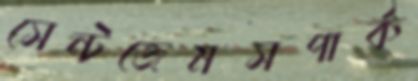
সেন্টজেমসপার্ক